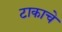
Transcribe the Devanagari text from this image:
टाकाचे